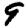
Digit: 9